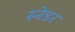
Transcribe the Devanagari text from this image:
स्नेडर